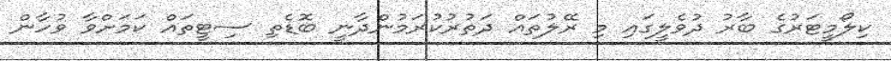
ކިލޯމީޓަރުގެ ބާރު ދުވެލީގައި މި ރޭލުތައް ދަތުރުކުރަމުންދާނީ ބޮޑެތި ސިޓީތައް ކަމަށްވާ ވުހާން